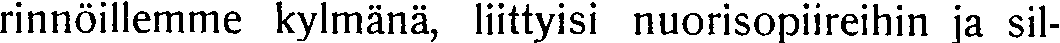
rinnöillemme kylmänä, liittyisi nuorisopiireihin ja sil-